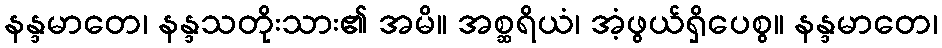
နန္ဒမာတေ၊ နန္ဒသတိုးသား၏ အမိ။ အစ္ဆရိယံ၊ အံ့ဖွယ်ရှိပေစွ။ နန္ဒမာတေ၊